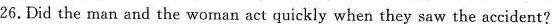
26.Did the man and the woman act quickly when they saw the accident?